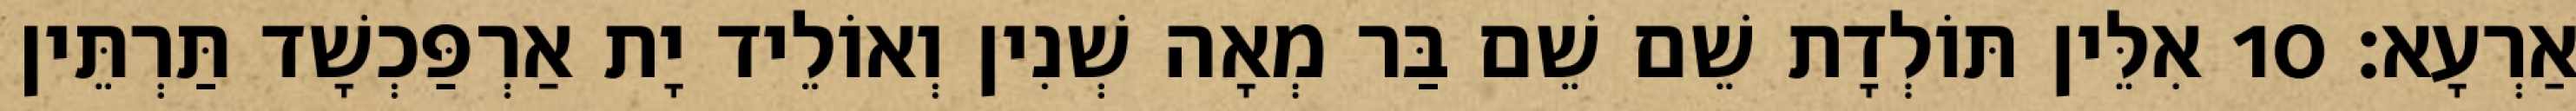
אַרְעָא׃ 10 אִלֵּין תּוֹלְדָת שֵׁם שֵׁם בַּר מְאָה שְׁנִין וְאוֹלֵיד יָת אַרְפַּכְשָׁד תַּרְתֵּין